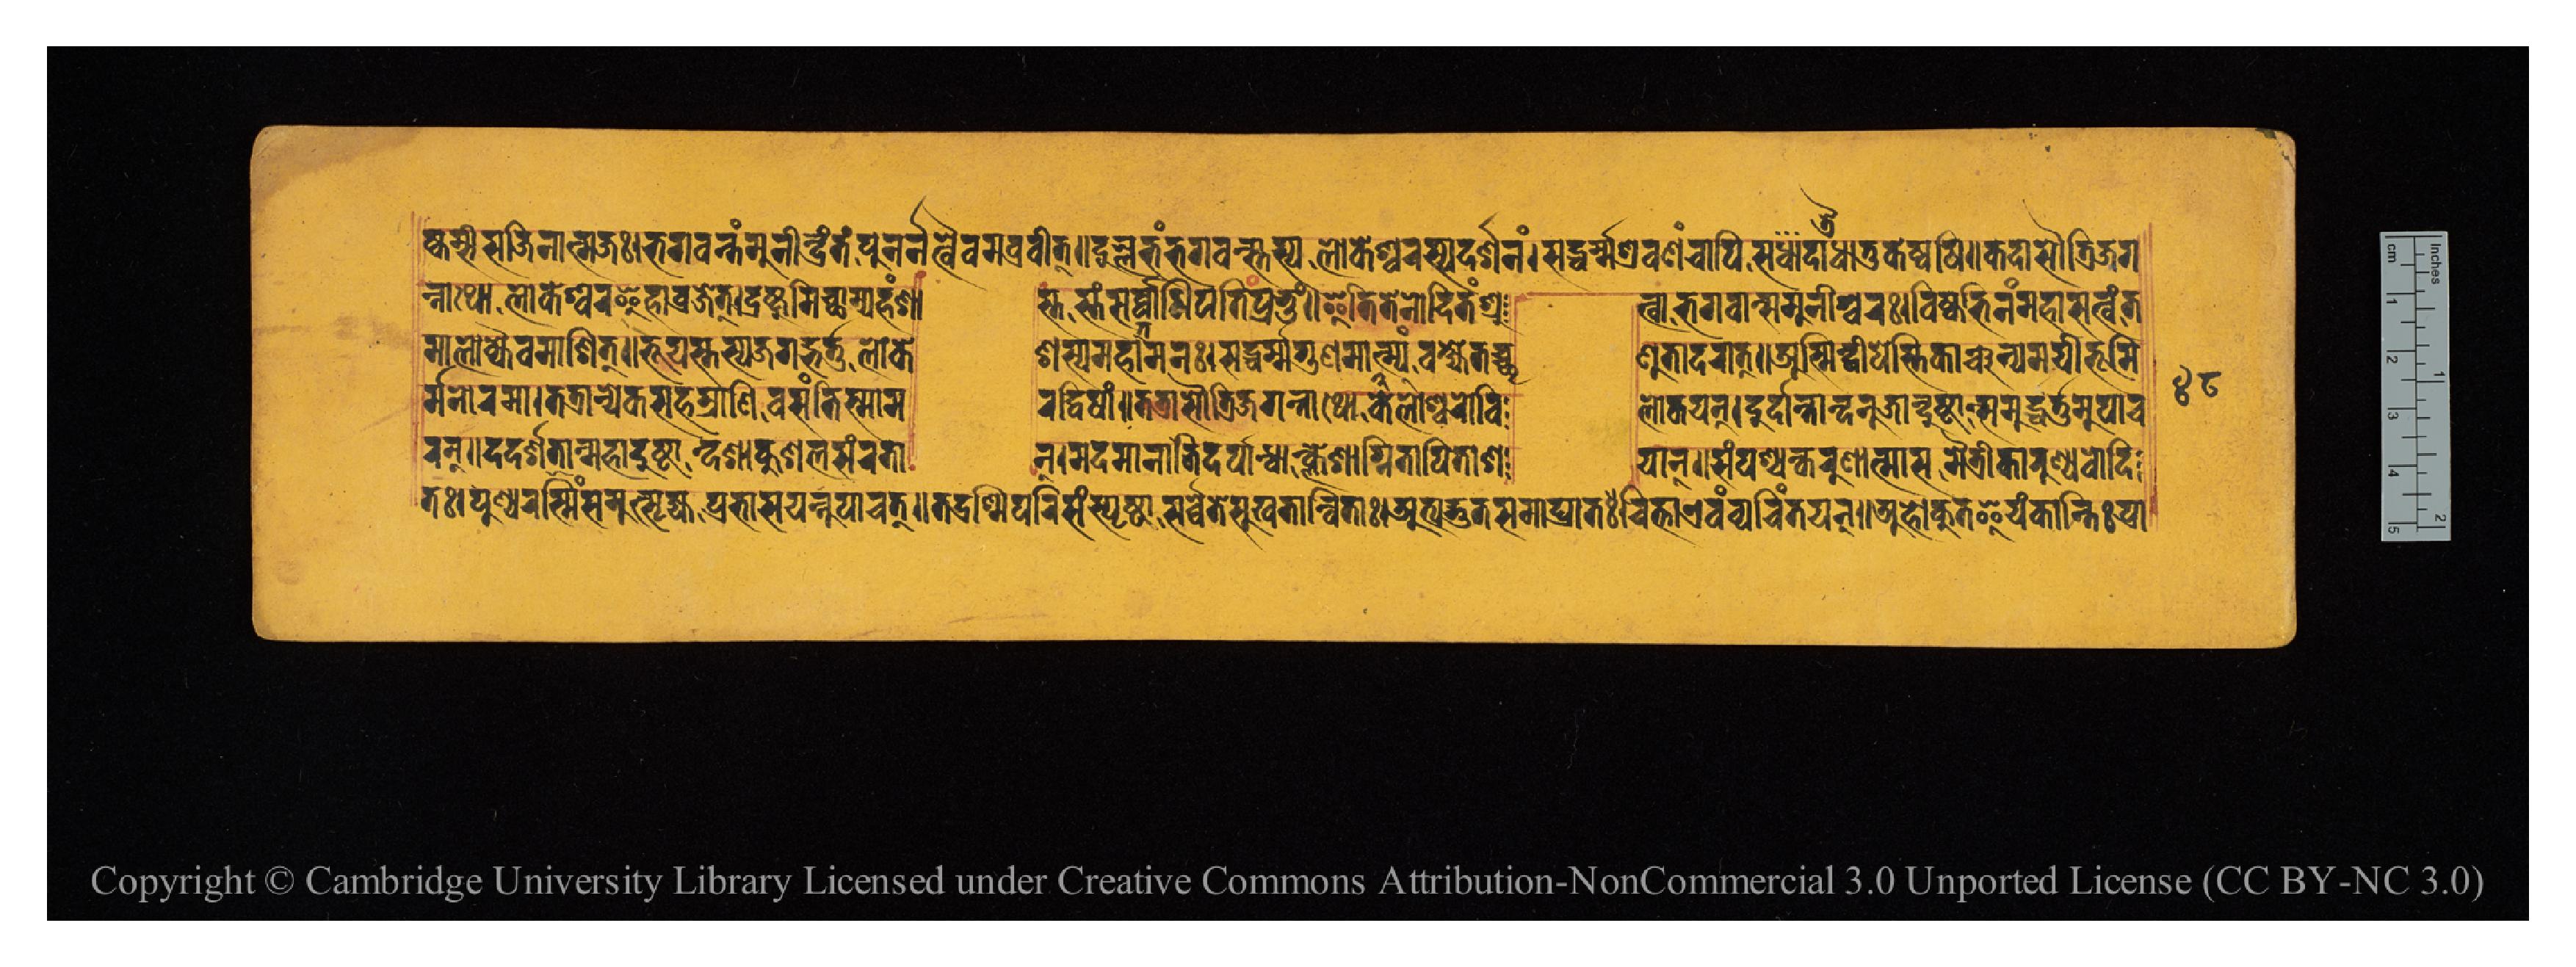
𑐲𑑂𑐎𑐩𑑂𑐨𑐷𑐳𑐖𑐶𑐣𑐵𑐟𑑂𑐩𑐖𑑅𑑋𑐨𑐐𑐰𑐣𑑂𑐟𑑄𑐩𑐸𑐣𑐷𑐣𑑂𑐡𑑂𑐬𑑄𑐟𑑄𑐥𑐸𑐣𑐬𑑂𑐣𑐟𑑂𑐰𑐿𑐰𑐩𑐧𑑂𑐬𑐰𑐷𑐟𑑂𑑌𑐡𑐸𑐬𑑂𑐎𑑂𑐮𑐨𑑄𑐨𑐐𑐰𑐣𑑂𑐳𑑂𑐟𑐳𑑂𑐫𑐮𑑀𑐎𑐾𑐱𑑂𑐰𑐬𑐳𑑂𑐫𑐡𑐬𑑂𑐱𑐣𑑄𑑋𑐳𑐡𑑂𑐢𑐬𑑂𑐩𑑂𑐩𑐱𑑂𑐬𑐰𑐞𑐘𑑂𑐔𑐵𑐥𑐶𑐳𑐡𑐵𑐟𑑂𑐬𑐿𑐢𑐵𑐟𑐸𑐎𑐾𑐲𑑂𑐰𑐲𑐶𑑌𑐎𑐡𑐵𑐳𑑁𑐟𑑂𑐬𑐶𑐖𑐐 𑐣𑑂𑐣𑐵𑐠𑑀𑐮𑑀𑐎𑐾𑐱𑑂𑐰𑐬𑐿𑐴𑐵𑐰𑑂𑐬𑐖𑐾𑐟𑑂𑑋𑐡𑑂𑐬𑐲𑑂𑐚𑐸𑐩𑐶𑐔𑑂𑐕𑐵𑐩𑑂𑐫𑐴𑑄𑐱𑐵  𑐳𑑂𑐟𑐳𑑂𑐟𑑄𑐳𑐬𑑂𑐰𑑂𑐰𑐵𑐢𑐶𑐥𑐟𑐶𑑄𑐥𑑂𑐬𑐨𑐸𑑄𑑌𑐂𑐟𑐶𑐟𑐾𑐣𑑀𑐡𑐶𑐟𑑄𑐱𑑂𑐬𑐸  𑐟𑑂𑐰𑐵𑐨𑐐𑐰𑐵𑐣𑑂𑐳𑐩𑐸𑐣𑐷𑐱𑑂𑐰𑐬𑑅𑑋𑐰𑐶𑐲𑑂𑐎𑐩𑑂𑐨𑐶𑐣𑑄𑐩𑐴𑐵𑐳𑐟𑑂𑐰𑑄𑐟 𑐩𑐵𑐮𑑀𑐎𑑂𑐫𑐿𑐰𑐩𑐵𑐡𑐶𑐱𑐟𑑂𑑌𑐨𑐹𑐫𑐳𑑂𑐟𑐳𑑂𑐫𑐖𑐐𑐡𑑂𑐨𑐬𑑂𑐟𑐸𑑅𑐮𑑀  𑐎𑐾𑐱𑑂𑐳𑑂𑐫𑐩𑐴𑐵𑐟𑑂𑐩𑐣𑑅𑑋𑐳𑐡𑑂𑐢𑐬𑑂𑐩𑑂𑐩𑐐𑐸𑐞𑐩𑐵𑐴𑐵𑐟𑑂𑐩𑑂𑐫𑑄𑐰𑐎𑑂𑐲𑑂𑐫𑐾𑐟𑐔𑑂𑐕𑑂𑐬  𑐞𑐸𑐟𑐵𑐡𑐬𑐵𑐟𑑂𑑌𑐀𑐳𑑂𑐩𑐶𑐣𑑂𑐡𑑂𑐰𑐷𑐥𑐾𑐳𑑂𑐟𑐶𑐎𑐵𑐘𑑂𑐔𑐣𑑂𑐫𑐩𑐫𑐷𑐨𑐹𑐩𑐶 𑐬𑑂𑐩𑐣𑑀𑐬𑐩𑐵𑑋𑐟𑐟𑑂𑐬𑐵𑐣𑐾𑐎𑐳𑐴𑐳𑑂𑐬𑐵𑐞𑐶𑐰𑐳𑐣𑑂𑐟𑐶𑐳𑑂𑐩𑐵𑐩  𑐬𑐡𑑂𑐰𑐶𑐲𑐵𑑄𑑌𑐟𑐟𑑂𑐬𑐵𑐳𑑁𑐟𑑂𑐬𑐶𑐖𑐐𑐣𑑂𑐣𑐵𑐠𑑀𑐮𑑀𑐎𑐾𑐱𑑂𑐰𑐬𑑀𑐰𑐶  𑐮𑑀𑐎𑐫𑐣𑑂𑑋𑐡𑐸𑐬𑑂𑐡𑐣𑑂𑐟𑐵𑐣𑑂𑐡𑐣𑐸𑐖𑐵𑐣𑑂𑐡𑐸𑐲𑑂𑐚𑐵𑐣𑑂𑐳𑐩𑐸𑐡𑑂𑐢𑐬𑑂𑐟𑐸𑐩𑐸𑐥𑐵𑐔 𑐬𑐣𑑂𑑌𑐡𑐡𑐬𑑂𑐱𑐟𑐵𑐣𑑂𑐩𑐴𑐵𑐡𑐸𑐲𑑂𑐚𑐵𑐣𑑂𑐡𑐱𑐵𑐎𑐸𑐱𑐮𑐾𑐳𑐘𑑂𑐔𑐬𑐟𑐵  𑐣𑑂𑑋𑐩𑐡𑐩𑐵𑐣𑐵𑐟𑐶𑐬𑑂𑐡𑐬𑑂𑐥𑐵𑐣𑑂𑐢𑐵𑐣𑑂𑐎𑑂𑐮𑐾𑐱𑐵𑐐𑑂𑐣𑐶𑐟𑐵𑐥𑐶𑐟𑐵𑐱  𑐫𑐵𑐣𑑂𑑌𑐳𑑄𑐥𑐱𑑂𑐫𑐣𑑂𑐎𑐬𑐸𑐞𑐵𑐟𑑂𑐩𑐵𑐳𑐩𑐿𑐟𑑂𑐬𑐷𑐎𑐵𑐬𑐸𑐞𑑂𑐫𑐔𑑀𑐡𑐶 𑐟𑑅𑑋𑐥𑐸𑐞𑑂𑐫𑐬𑐱𑑂𑐩𑐶𑑄𑐳𑐩𑐸𑐟𑑂𑐳𑐺𑐖𑑂𑐫𑐥𑑂𑐬𑐨𑐵𑐳𑐫𑐣𑑂𑐣𑐸𑐥𑐵𑐔𑐬𑐟𑑂𑑌𑐟𑐡𑑂𑐬𑐱𑑂𑐩𑐶𑐥𑐬𑐶𑐳𑑄𑐳𑑂𑐥𑐺𑐲𑑂𑐚𑐵𑑅𑐳𑐬𑑂𑐰𑑂𑐰𑐾𑐟𑐾𑐳𑐸𑐏𑐟𑐵𑐣𑑂𑐰𑐶𑐟𑐵𑑅𑑋𑐀𑐟𑑂𑐫𑐡𑑂𑐨𑐸𑐟𑐳𑐩𑐵𑐑𑑂𑐬𑐵𑐟𑐔𑐶𑐟𑑂𑐟𑐵𑐊𑐰𑑄𑐰𑑂𑐫𑐔𑐶𑐣𑑂𑐟𑐫𑐣𑑂𑑌𑐀𑐴𑑀𑐎𑐸𑐟𑐿𑐫𑑄𑐎𑐵𑐣𑑂𑐟𑐶𑑅𑐥𑑂𑐬𑐵 𑑔𑑘